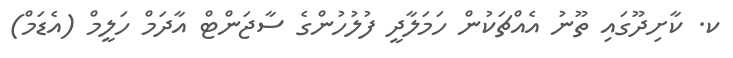
ކ. ކާށިދޫގައި ތޫނު އެއްޗަކުން ހަމަލާދީ ފުލުހުންގެ ސާޖަންޓް އާދަމް ހަލީމް (އެޑަމް)